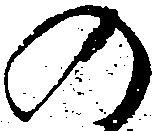
の